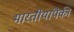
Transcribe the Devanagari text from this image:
भारतीयांपैकी